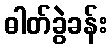
ဓါတ်ခွဲခန်း